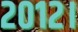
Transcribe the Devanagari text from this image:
२०१२।